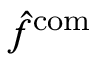
\hat { f } ^ { \mathrm { c o m } }